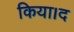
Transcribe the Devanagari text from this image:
किया।द